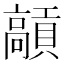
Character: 𩫢